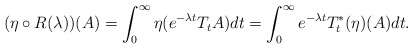
\begin{align*} (\eta \circ R(\lambda))(A) = \int_0^{\infty} \eta (e^{-\lambda t}T_tA) dt = \int_0^{\infty}e^{-\lambda t} T_t^*(\eta)(A) dt.\end{align*}